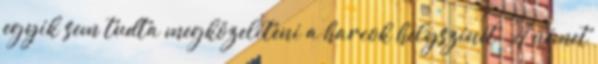
egyik sem tudta megközelíteni a harcok helyszínét. A német